Vaccination Hyderabad 1890-1903 - 1890-1903
Year: 1890
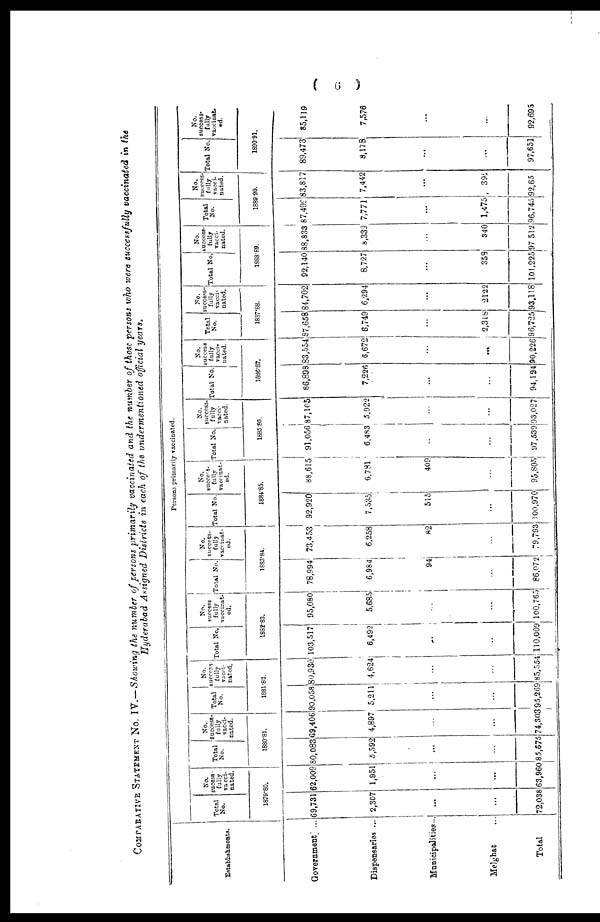
( 6 )
COMPARATIVE STATEMENT NO. IV.—Showing the number of persons primarily vaccinated and the number of those persons who were successfully vaccinated in the
Hyderabad Assigned Districts in each of the undermentioned official years.
Establishments.
Government ...
Dispensaries ...
Municipalities ...
Melghat ...
Total
Persons primarily vaccinated.
Total
No.
No.
sucess -
fully
vacci-
nated.
1879-80.
69,781
2,307
...
...
72,038
62,009
1,951
...
...
63,960
Total
No.
No.
success¬
fully
vacci-
nated.
1880-81.
80,083
5,592
...
...
85,675
69,406
4,897
...
...
74,303
Total
No.
No.
success-
fully
vacci-
nated.
1881-82.
90,058
5,211
...
...
95,269
80,930
4,624
...
...
85,554
Total No.
No.
success
fully
vaccinat-
ed.
1882-83.
103,517
6,492
...
...
110,009
95,080
5,685
...
...
100,765
Total No.
No.
success-
fully
vaccinat-
ed.
1883-84.
78,994
6,984
94
...
86,072
73,453
6,258
82
...
79,793
Total No.
No.
success-
fully
vaccinat-
ed.
1884-85.
92,920
7,535
515
...
100,970
88,615
6,781
409
...
95,805
Total No.
No.
success¬
fully
vacci-
nated.
1885-86.
91,056
6,483
...
...
97,539
87,105
5,922
...
...
93,027
Total No.
No.
success
fully
vacci-
nated.
1886-87.
86,898
7,226
...
...
94,124
83,554
6,672
...
...
90,226
Total
No.
No.
success-
fully
vacci-
nated.
1887-88.
87,658
6,749
...
2,318
96,725
84,702
6,294
...
2122
93,118
Total No
No.
success-
fully
vacci-
nated.
1888-89.
92,140
8,727
...
358
101,225
88,833
8,339
...
340
97,512
Total
No.
No.
success¬
fully
vacci-
nated.
1889-90.
87,499
7,771
...
1,475
96,745
83,817
7,442
...
392
92,65
Total No.
No.
success-
fully
vaccinat¬
ed.
1890-91.
89,473
8,178
...
...
97,651
85,119
7,576
...
...
92,695